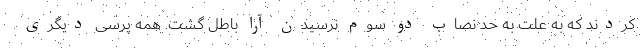
کردند که به علت به حد نصاب دو سوم نرسیدن آرا باطل گشت. همه پرسی دیگری